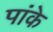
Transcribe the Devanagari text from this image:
पांके